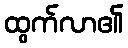
ထွက်လာ၏